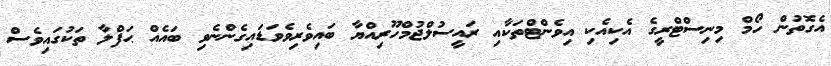
އެގޮތުން ހޯމް މިނިސްޓްރީގެ އެކިއެކި އިވެންޓްތަކާއި ރައީސުލްޖުމްހޫރިއްޔާ ބައިވެރިވެވަޑައިގެންނެވި ބައެއް ޙަފްލާ ތަކުގައިވެސް